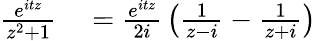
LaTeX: \begin{array}{rl}{{\frac{e^{itz}}{z^{2}+1}}}&{{}={\frac{e^{itz}}{2i}}\left({\frac{1}{z-i}}-{\frac{1}{z+i}}\right)}\end{array}